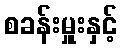
စခန်းမှူးနှင့်